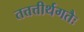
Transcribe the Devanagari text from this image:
तत्तत्तीर्थगतैः